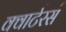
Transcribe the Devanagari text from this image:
क्वार्टरर्स